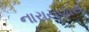
નારાયણાય